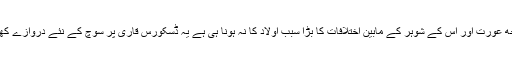
ایک بانجھ عورت اور اس کے شوہر کے مابین اختلافات کا بڑا سبب اولاد کا نہ ہونا ہی ہے یہ ڈسکورس قاری پر سوچ کے نئے دروازے کھولتا ہے۔